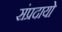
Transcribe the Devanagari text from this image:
संप्रदायो